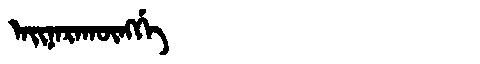
Manchu: ᠠᡳᠨᠠᡵᠠᡴᡡᠩᡤᡝ
Romanization: AINARAKŪNGGE